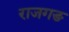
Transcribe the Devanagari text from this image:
राजगङ